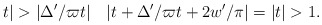
\begin{align*} t|>|\Delta'/\varpi t| \quad |t+\Delta'/\varpi t+2w'/\pi|=|t|>1.\end{align*}